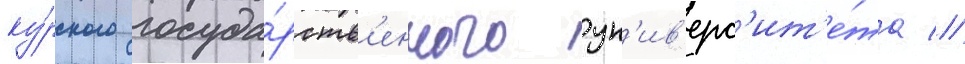
ку́рского госуда́рств'енного ун'ив'ерс'ит'е́та //